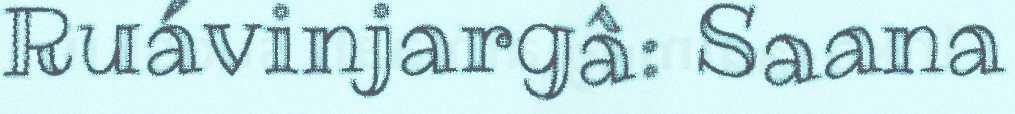
Ruávinjargâ: Saana